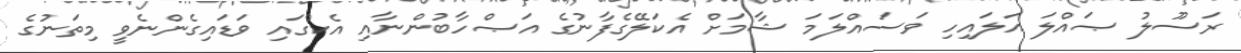
ރަސޫލު ޞައްލަ އަލައިހި ވަސައްލަމަ ޝާމަށް އެކަލޭގެފާނުގެ އަޞްހާބުންނާއި އެކުގައި ވަޑައިގެންނެވީ މިތަނުގެ